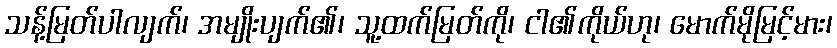
သန့်မြတ်ပါလျက်၊ အမျိုးပျက်၏၊ သူ့ထက်မြတ်ကို၊ ငါ၏ကိုယ်ဟု၊ မောက်မိုမြင့်မား၊